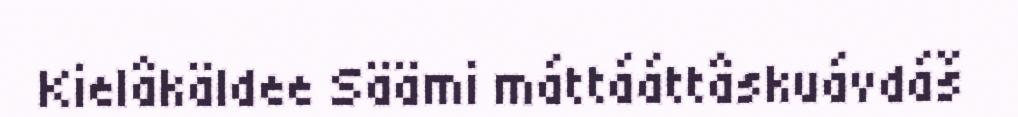
Kielâkäldee Säämi máttááttâskuávdáš